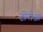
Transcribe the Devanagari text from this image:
टोरोआ